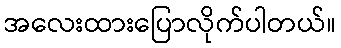
အလေးထားပြောလိုက်ပါတယ်။